Vaccination in Burma 1920-1933 - 1920-1933
Year: 1920
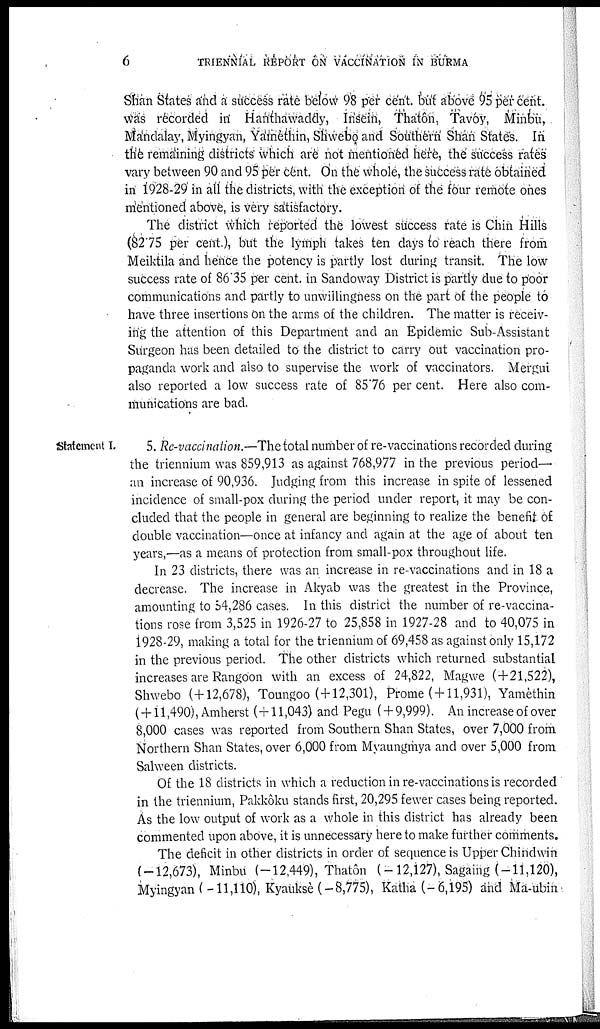
6
TRIENNIAL REPORT ON VACCINATION IN BURMA
Shan States and a success rate below 98 per cent. but above 95 per cent.
was recorded in Hanthawaddy, Insein, Thatôn, Tavôy, Minbu,
Mandalay, Myingyan, Yamèthin, Shwebo and Southern Shan States. In
the remaining districts which are not mentioned here, the success rates
vary between 90 and 95 per cent. On the whole, the success rate obtained
in 1928-29 in all the districts, with the exception of the four remote ones
mentioned above, is very satisfactory.
The district which reported the lowest success rate is Chin Hills
(82.75 per cent.), but the lymph takes ten days to reach there from
Meiktila and hence the potency is partly lost during transit. The low
success rate of 86.35 per cent. in Sandoway District is partly due to poor
communications and partly to unwillingness on the part of the people to
have three insertions on the arms of the children. The matter is receiv-
ing the attention of this Department and an Epidemic Sub-Assistant
Surgeon has been detailed to the district to carry out vaccination pro-
paganda work and also to supervise the work of vaccinators. Mergui
also reported a low success rate of 85.76 per cent. Here also com-
munications are bad.
Statement I.
5. Re-vaccination.—The total number of re-vaccinations recorded during
the triennium was 859,913 as against 768,977 in the previous period—
an increase of 90,936. Judging from this increase in spite of lessened
incidence of small-pox during the period under report, it may be con-
cluded that the people in general are beginning to realize the benefit of
double vaccination—once at infancy and again at the age of about ten
years,—as a means of protection from small-pox throughout life.
In 23 districts, there was an increase in re-vaccinations and in 18 a
decrease. The increase in Akyab was the greatest in the Province,
amounting to 54,286 cases. In this district the number of re-vaccina-
tions rose from 3,525 in 1926-27 to 25,858 in 1927-28 and to 40,075 in
1928-29, making a total for the triennium of 69,458 as against only 15,172
in the previous period. The other districts which returned substantial
increases are Rangoon with an excess of 24,822, Magwe (+21,522),
Shwebo (+12,678), Toungoo (+12,301), Prome ( + 11,931), Yamèthin
(+11,490), Amherst (+11,043) and Pegu ( + 9,999). An increase of over
8,000 cases was reported from Southern Shan States, over 7,000 from
Northern Shan States, over 6,000 from Myaungmya and over 5,000 from
Salween districts.
Of the 18 districts in which a reduction in re-vaccinations is recorded
in the triennium, Pakkôku stands first, 20,295 fewer cases being reported.
As the low output of work as a whole in this district has already been
commented upon above, it is unnecessary here to make further comments.
The deficit in other districts in order of sequence is Upper Chindwin
(-12,673), Minbu (-12,449), Thatôn (-12,127), Sagaing (-11,120),
Myingyan (-11,110), Kyauksè(-8,775), Katha (-6,195) and Ma-ubin